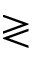
\gtrless